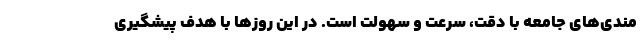
مندی‌های جامعه با دقت، سرعت و سهولت است. در این روزها با هدف پیشگیری